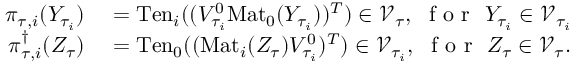
\begin{array} { r l } { \pi _ { \tau , i } ( Y _ { \tau _ { i } } ) } & { { } = \mathrm { T e n } _ { i } ( ( V _ { \tau _ { i } } ^ { 0 } \mathrm { M a t } _ { 0 } ( Y _ { \tau _ { i } } ) ) ^ { T } ) \in \mathcal { V } _ { \tau } , \ \mathrm { ~ f ~ o ~ r ~ } \ Y _ { \tau _ { i } } \in \mathcal { V } _ { \tau _ { i } } } \\ { \pi _ { \tau , i } ^ { \dagger } ( Z _ { \tau } ) } & { { } = \mathrm { T e n } _ { 0 } ( ( \mathrm { M a t } _ { i } ( Z _ { \tau } ) V _ { \tau _ { i } } ^ { 0 } ) ^ { T } ) \in \mathcal { V } _ { \tau _ { i } } , \ \mathrm { ~ f ~ o ~ r ~ } \ Z _ { \tau } \in \mathcal { V } _ { \tau } . } \end{array}